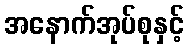
အနောက်အုပ်စုနှင့်